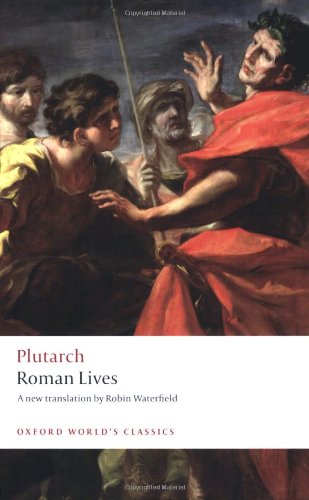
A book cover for Roman Lives: A Selection of Eight Roman Lives (Oxford World's Classics); Plutarch; Biographies & Memoirs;